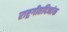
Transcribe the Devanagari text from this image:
राष्ट्रगीतदिनांक